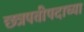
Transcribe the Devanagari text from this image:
छत्रपतीपदाच्या